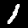
Label: 1